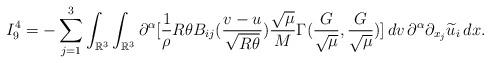
LaTeX: \begin{align*}I^{4}_{9}&=-\sum^{3}_{j=1}\int_{\mathbb{R}^{3}}\int_{\mathbb{R}^{3}}\partial^{\alpha}[\frac{1}{\rho}R\theta B_{ij}(\frac{v-u}{\sqrt{R\theta}})\frac{\sqrt{\mu}}{M}\Gamma(\frac{G}{\sqrt{\mu}},\frac{G}{\sqrt{\mu}})]\, dv\,\partial^{\alpha}\partial_{x_j}\widetilde{u}_i\,dx.\end{align*}